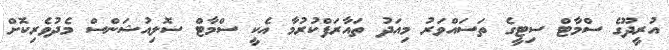
އުރީދޫގެ ސްމާޓް ސިޓީގެ ތަސައްވަރު މިއަދު ތައާރަފްކުރުމާ އެކީ ސްމާޓް ސޮލިއުޝަންސް މެދުވެރިކޮށް